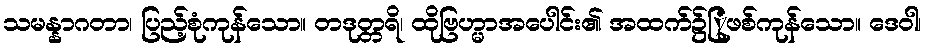
သမန္နာဂတာ၊ ပြည့်စုံကုန်သော။ တဒုတ္တရိ၊ ထိုဗြဟ္မာအပေါင်း၏ အထက်၌ြုဖစ်ကုန်သော။ ဒေဝါ၊